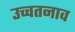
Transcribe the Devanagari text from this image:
उच्चतनाव